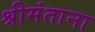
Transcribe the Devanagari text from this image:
श्रीमंताना